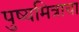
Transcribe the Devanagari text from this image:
पुष्यमित्राचा